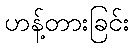
ဟန့်တားခြင်း